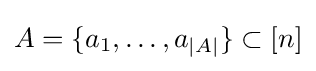
A=\{a_{1},\dots ,a_{\left|A\right|}\}\subset [n]